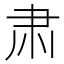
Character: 肃